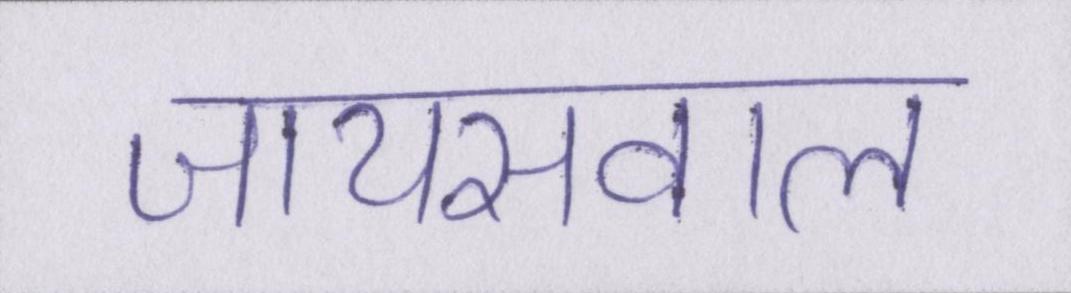
जायसवाल